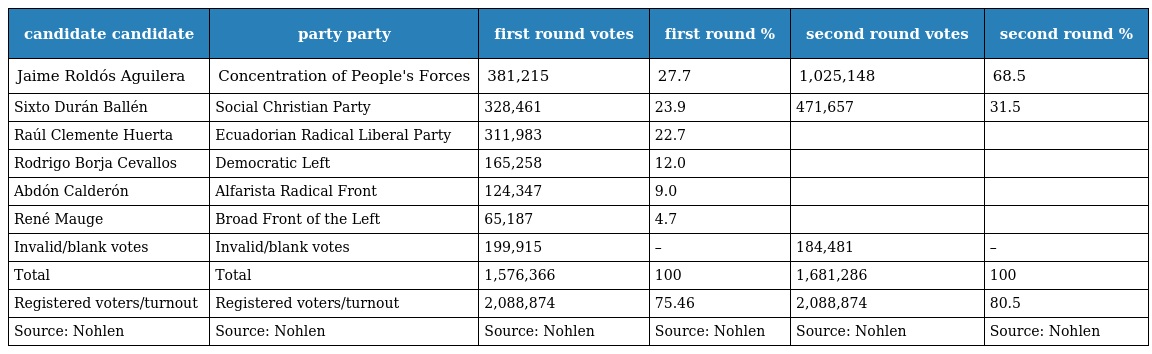
| candidate candidate | party party | first round votes | first round % | second round votes | second round % |
 | --- | --- | --- | --- | --- | --- |
 | Jaime Roldós Aguilera | Concentration of People's Forces | 381,215 | 27.7 | 1,025,148 | 68.5 |
 | Sixto Durán Ballén | Social Christian Party | 328,461 | 23.9 | 471,657 | 31.5 |
 | Raúl Clemente Huerta | Ecuadorian Radical Liberal Party | 311,983 | 22.7 |  |  |
 | Rodrigo Borja Cevallos | Democratic Left | 165,258 | 12.0 |  |  |
 | Abdón Calderón | Alfarista Radical Front | 124,347 | 9.0 |  |  |
 | René Mauge | Broad Front of the Left | 65,187 | 4.7 |  |  |
 | Invalid/blank votes | Invalid/blank votes | 199,915 | – | 184,481 | – |
 | Total | Total | 1,576,366 | 100 | 1,681,286 | 100 |
 | Registered voters/turnout | Registered voters/turnout | 2,088,874 | 75.46 | 2,088,874 | 80.5 |
 | Source: Nohlen | Source: Nohlen | Source: Nohlen | Source: Nohlen | Source: Nohlen | Source: Nohlen |